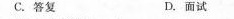
C.答复 D. 面试